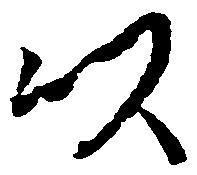
以